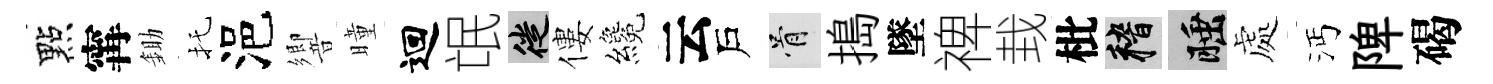
點𡩋鋤托浥響曈迴氓徙僂纔云戶骨搗墜禆㘽枇稽睡處沔陴碣